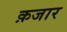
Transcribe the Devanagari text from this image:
क़जार